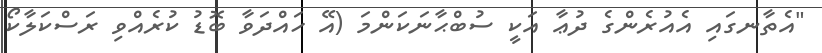
"އެތާނގައި އެއުރެންގެ ދުޢާ އަކީ ސުބްޙާނަކަންމަ (އޭ ހައްދަވާ ބޮޑު ކުރެއްވި ރަސްކަލާކޯ